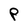
Character: P